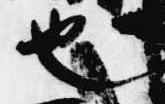
也